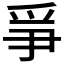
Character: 𤔇